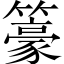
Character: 籇